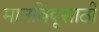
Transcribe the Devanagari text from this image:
मानबिंदूसाठी